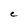
Character: C